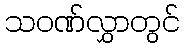
သဝဏ်လွှာတွင်